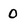
Character: 0